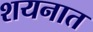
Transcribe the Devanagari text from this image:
शयनात